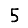
Digit: 5